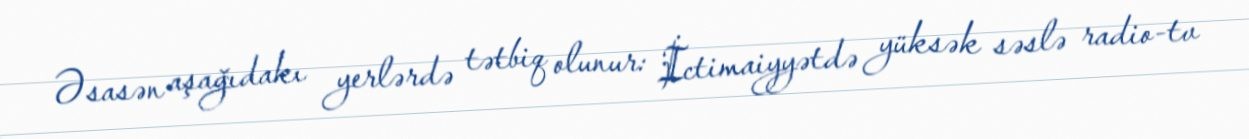
Əsasən aşağıdakı yerlərdə tətbiq olunur: İctimaiyyətdə yüksək səslə radio-tv